Annual report of the Punjab Veterinary College and of the Civil Veterinary Department, Punjab - 1926-1932
Year: 1926
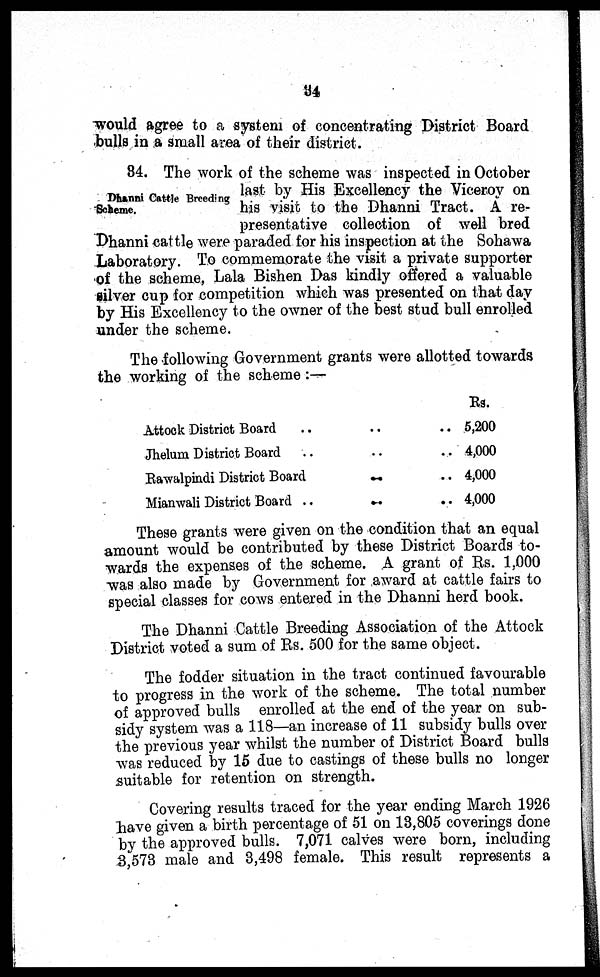
34
would agree to a system of concentrating District Board
bulls in a small area of their district.
Dhanni Cattle Breeding
Scheme.
34. The work of the scheme was inspected in October
last by His Excellency the Viceroy on
his visit to the Dhanni Tract. A re-
presentative collection of well bred
Dhanni cattle were paraded for his inspection at the Sohawa
Laboratory. To commemorate the visit a private supporter
of the scheme, Lala Bishen Das kindly offered a valuable
silver cup for competition which was presented on that day
by His Excellency to the owner of the best stud bull enrolled
under the scheme.
The following Government grants were allotted towards
the working of the scheme :—
Attock District Board .. .. ..
Jhelum District Board .. .. ..
Rawalpindi District Board .. ..
Mianwali District Board .. .. ..
Rs.
5,200
4,000
4,000
4,000
These grants were given on the condition that an equal
amount would be contributed by these District Boards to-
wards the expenses of the scheme. A grant of Rs. 1,000
was also made by Government for award at cattle fairs to
special classes for cows entered in the Dhanni herd book.
The Dhanni Cattle Breeding Association of the Attock
District voted a sum of Rs. 500 for the same object.
The fodder situation in the tract continued favourable
to progress in the work of the scheme. The total number
of approved bulls enrolled at the end of the year on sub-
sidy system was a 118—an increase of 11 subsidy bulls over
the previous year whilst the number of District Board bulls
was reduced by 15 due to castings of these bulls no longer
suitable for retention on strength.
Covering results traced for the year ending March 1926
have given a birth percentage of 51 on 13,805 coverings done
by the approved bulls. 7,071 calves were born, including
3,573 male and 3,498 female. This result represents a